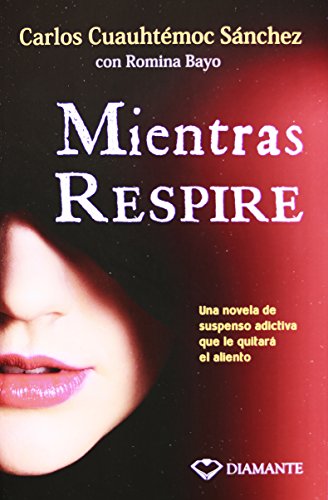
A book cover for Mientras respire (Spanish Edition); Carlos Cuauhtemoc Sanchez; Self-Help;